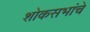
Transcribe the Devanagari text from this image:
शोकसभांचे